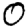
Digit: 0